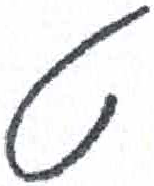
אות: ט